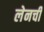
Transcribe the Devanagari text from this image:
लेनची